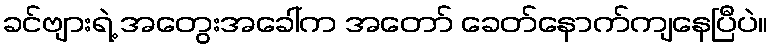
ခင်ဗျားရဲ့ အတွေးအခေါ်က အတော် ခေတ်နောက်ကျနေပြီပဲ။